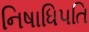
નિષાધિપતિ